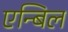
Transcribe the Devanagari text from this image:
एन्बिल